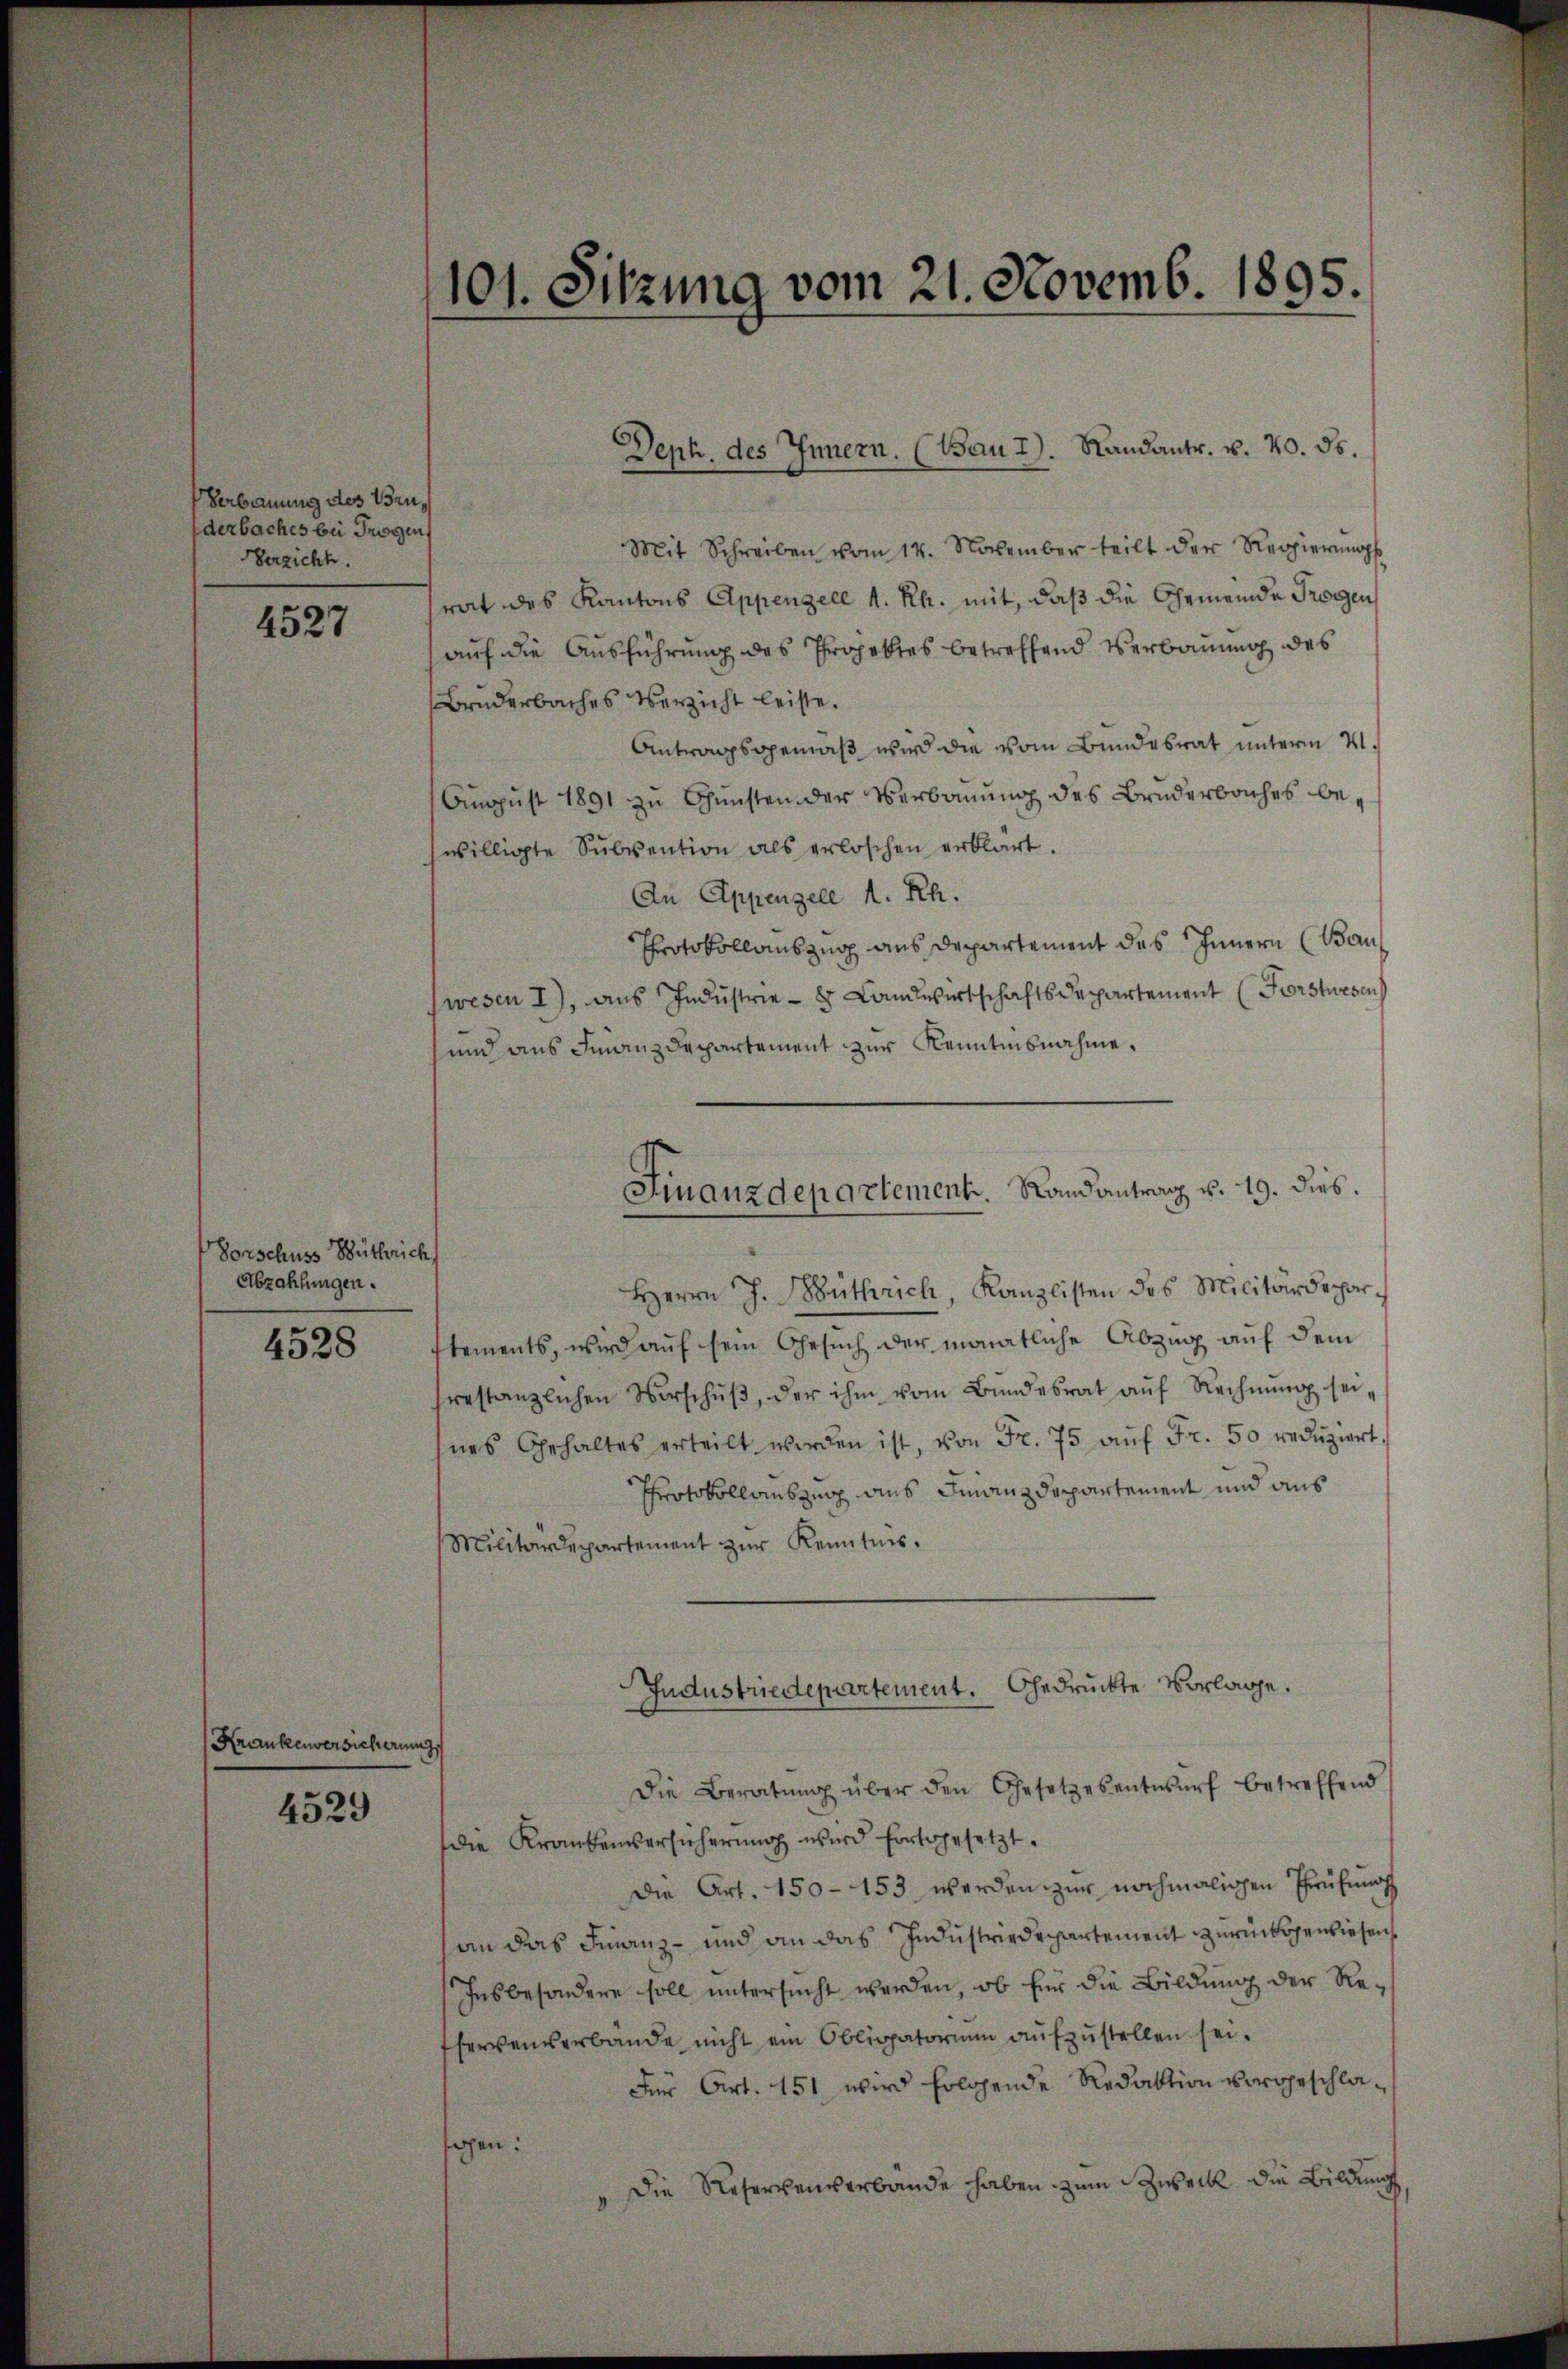
Verbauung des Bruderbaches bei Trogen,
Verzicht.

4527

Vorschuss Bütherich
Abzahlungen.

4528

Krankenversicherung

4529

101. Sitzung vom 21. Novemb. 1895.

Mit Schreiben vom 14. November teilt der Regierŭngs
rat des Kantons Appenzell A. Rh. mit, daß die Gemeinde Trogen
auf die Ausführung des Projektes betreffend Verbauung des
Bruderbaches Verzicht leiste.
Antragsgemäß wird die vom Bundesrat unterm 4.
Aŭgŭst 1891 zŭ Gŭnsten der Verbaŭŭng des Bruderbaches be-
willigte Subvention als erloschen erklärt.
An Appenzell A. Rh.
Protokollauszug aus Departement des Innern (Bauwesen I), aus Industrie - 8 Landwirtschaftsdepartement (Forstwesen
und aus Finanzdepartement zur Kenntnisnahme.
Herrn J. Büthrich, Kanzlisten des Militärdeparstements, wird auf sein Gesuch der monatliche Abzug auf dem
srestanzlichen Verschŭβ, der ihm vom Bŭndesrat aŭf Rechnŭng sei-
nes Gehaltes erteilt worden ist, von Fr. 75 aŭf Fr. 50 redŭziert.
Protokollauszug aus Finanzdepartement und aus
Militärdepartement zŭr Kenntnis.
Industriedepartement. Gedruckte Vorlage.
Die Beratŭng über den Gesetzesentwŭrf betreffend
die Krankenversicherung wird fortgesetzt.
Die Art. 150 - 153 werden zur nochmaligen Prüfungs
an das Finanz- und an das Industriedepartement zurückgewiesen
Insbesondere soll untersŭcht werden, ob für die Bildung der Refervenverbande nicht ein Obligatorium aŭfzŭstellen sei.
Fer Art. 151 wird folgende Redaktion vorgeschlasehen:
Die Reservenverbände haben zum Zweck die Bildung,

Deph. des Innern. (Bau I). Randantr. v. 20. ds.

Finanzdepartement. Randantrag u. 19. dies.